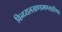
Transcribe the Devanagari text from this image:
विन्ध्यलखण्डमण्लाहीश्वर